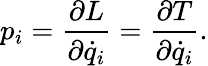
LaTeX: p_{i}={\frac{\partial L}{\partial{\dot{q}}_{i}}}={\frac{\partial T}{\partial{\dot{q}}_{i}}}.